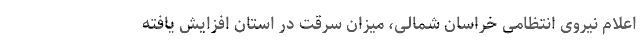
اعلام نیروی انتظامی خراسان شمالی، میزان سرقت در استان افزایش یافته